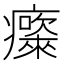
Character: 𱱮